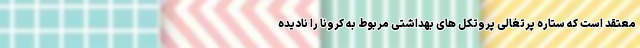
معتقد است که ستاره پرتغالی پروتکل های بهداشتی مربوط به کرونا را نادیده